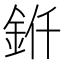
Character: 𬫊